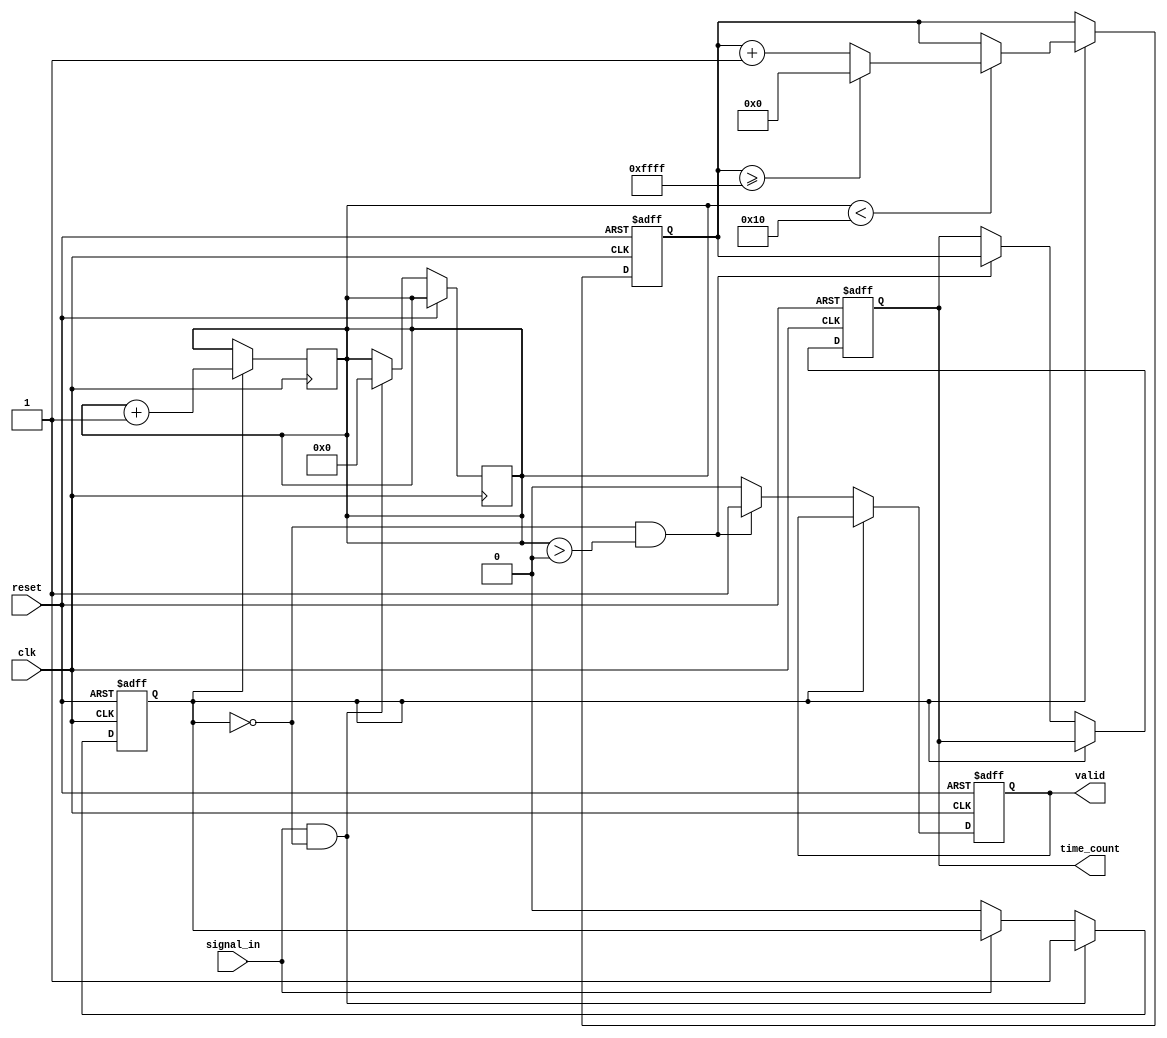
module TDC (
    input wire clk,               // System clock
    input wire reset,             // Reset signal
    input wire signal_in,         // Input signal to measure
    output reg [15:0] time_count, // Output time count
    output reg valid              // Output valid signal
);

    // Parameters
    parameter DELAY_LINE_SIZE = 16; // Number of taps in the delay line
    parameter MAX_COUNT = 65535;     // Maximum count value for the counter

    // Internal signals
    reg [DELAY_LINE_SIZE-1:0] delay_line; // Delay line for time measurement
    reg [15:0] counter;                   // Digital counter
    reg signal_detected;                  // Signal detection flag
    reg [3:0] tap_index;                  // Current tap index

    // Input Stage: Edge detection
    always @(posedge clk or posedge reset) begin
        if (reset) begin
            signal_detected <= 0;
        end else begin
            // Edge detection logic
            if (signal_in && !signal_detected) begin
                signal_detected <= 1; // Rising edge detected
                tap_index <= 0;       // Reset tap index
            end else if (!signal_in) begin
                signal_detected <= 0; // Reset on falling edge
            end
        end
    end

    // Delay Line: Generate delayed signals
    always @(posedge clk) begin
        if (signal_detected) begin
            // Shift the delay line
            delay_line <= {delay_line[DELAY_LINE_SIZE-2:0], signal_in};
            tap_index <= tap_index + 1;
        end
    end

    // Time Measurement Core: Count taps
    always @(posedge clk or posedge reset) begin
        if (reset) begin
            counter <= 0;
            time_count <= 0;
            valid <= 0;
        end else if (signal_detected) begin
            // Count the number of taps
            if (tap_index < DELAY_LINE_SIZE) begin
                counter <= counter + 1;
                if (counter >= MAX_COUNT) begin
                    counter <= 0; // Reset counter if max count reached
                end
            end
        end else if (!signal_detected && tap_index > 0) begin
            // Capture time count on falling edge
            time_count <= counter;
            valid <= 1; // Indicate valid output
        end else begin
            valid <= 0; // Reset valid signal
        end
    end

endmodule